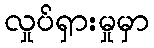
လှုပ်ရှားမှုမှာ